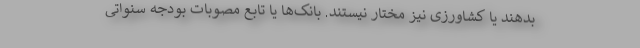
بدهند یا کشاورزی نیز مختار نیستند. بانک‌ها یا تابع مصوبات بودجه سنواتی